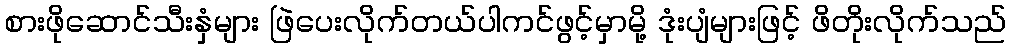
စားဖိုဆောင်သီးနှံများ ဖြဲပေးလိုက်တယ်ပါကင်ဖွင့်မှာမို့ ဒုံးပျံများဖြင့် ဖိတိုးလိုက်သည်